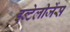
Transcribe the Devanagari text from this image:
इन्टेलीजेंस